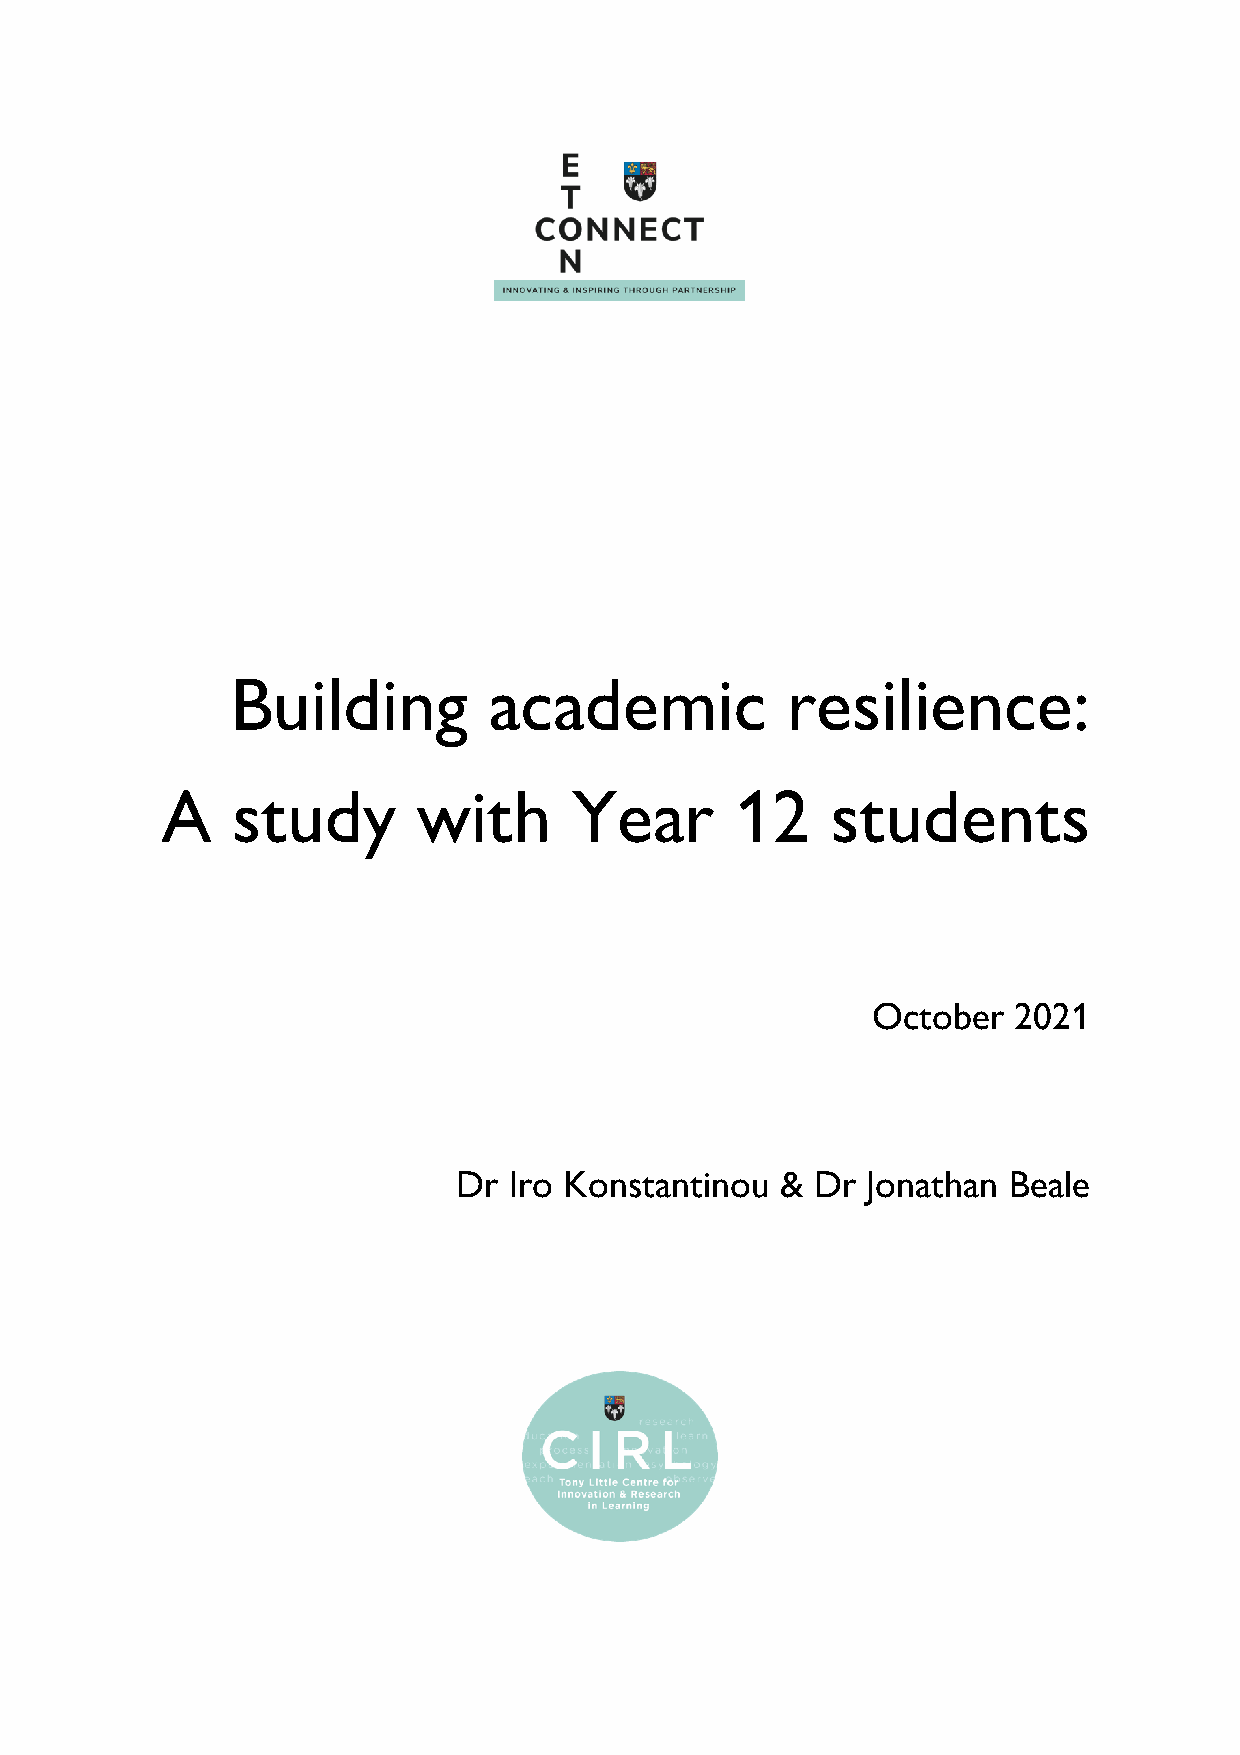
Building         academic            resilience:
 A   study        with      Year       12    students
 October  2021
 Dr  Iro Konstantinou  & Dr Jonathan  Beale